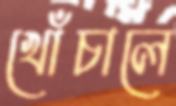
খোঁচালে